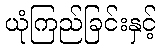
ယုံကြည်ခြင်းနှင့်